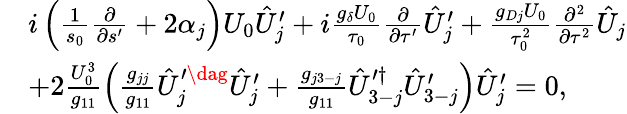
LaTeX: \begin{array}{rl}&{i\left(\frac{1}{s_{0}}\frac{\partial}{\partial s^{\prime}}+2\alpha_{j}\right)U_{0}\hat{U}_{j}^{\prime}+i\frac{g_{\delta}U_{0}}{\tau_{0}}\frac{\partial}{\partial\tau^{\prime}}\hat{U}_{j}^{\prime}+\frac{g_{Dj}U_{0}}{\tau_{0}^{2}}\frac{\partial^{2}}{\partial\tau^{2}}\hat{U}_{j}}\\ &{+2\frac{U_{0}^{3}}{g_{11}}\left(\frac{g_{jj}}{g_{11}}\hat{U}_{j}^{\prime\dag}\hat{U}_{j}^{\prime}+\frac{g_{j3-j}}{g_{11}}\hat{U}_{3-j}^{\prime\dagger}\hat{U}_{3-j}^{\prime}\right)\hat{U}_{j}^{\prime}=0,}\end{array}